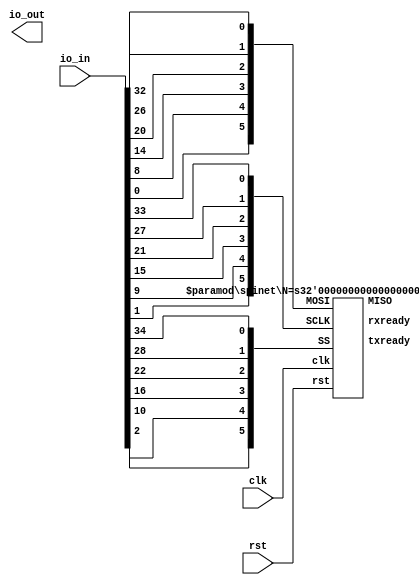
module spinet6 (
	input clk,
	input rst,
	input [37:0] io_in,
	output [37:0] io_out
	);
	spinet #(.N(6)) SPINET (
		.clk(clk),
		.rst(rst),
		.MOSI   ({io_in[0],io_in[ 8],io_in[14],io_in[20],io_in[26],io_in[32]}),
		.SCLK   ({io_in[1],io_in[ 9],io_in[15],io_in[21],io_in[27],io_in[33]}),
		.SS     ({io_in[2],io_in[10],io_in[16],io_in[22],io_in[28],io_in[34]}),
		.MISO   ({io_out[3],io_out[11],io_out[17],io_out[23],io_out[29],io_out[35]}),
		.txready({io_out[4],io_out[12],io_out[18],io_out[24],io_out[30],io_out[36]}),
		.rxready({io_out[7],io_out[13],io_out[19],io_out[25],io_out[31],io_out[37]}) 
	);
endmodule

module spinet5 (
	input clk,
	input rst,
	input [37:0] io_in,
	output [37:0] io_out
	);
	spinet #(.N(5)) SPINET (
		.clk(clk),
		.rst(rst),
		.MOSI   ({io_in[ 8],io_in[14],io_in[20],io_in[26],io_in[32]}),
		.SCLK   ({io_in[ 9],io_in[15],io_in[21],io_in[27],io_in[33]}),
		.SS     ({io_in[10],io_in[16],io_in[22],io_in[28],io_in[34]}),
		.MISO   ({io_out[11],io_out[17],io_out[23],io_out[29],io_out[35]}),
		.txready({io_out[12],io_out[18],io_out[24],io_out[30],io_out[36]}),
		.rxready({io_out[13],io_out[19],io_out[25],io_out[31],io_out[37]}) 
	);
endmodule

module spinet #(parameter N=8, WIDTH=16, ABITS=3) (
	input clk,
	input rst,
	output [N-1:0] txready,
	output [N-1:0] rxready,
	input [N-1:0] MOSI, SCLK, SS,
	output [N-1:0] MISO
	);

	wire [WIDTH-1:0] r[N-1:0];
	genvar i;
	generate for (i = 0; i < N; i = i+1) begin
		spinode #(.WIDTH(WIDTH), .ABITS(ABITS), .ADDRESS(i)) NODE (
			.clk(clk),
			.rst(rst),
			.fromring(r[(i+N-1)%N]),
			.toring(r[i]),
			.txready(txready[i]),
			.rxready(rxready[i]),
			.MOSI(MOSI[i]),
			.SCLK(SCLK[i]),
			.SS(SS[i]),
			.MISO(MISO[i])
		);
	end endgenerate
endmodule

module spinode #(parameter WIDTH=16, ABITS=3, ADDRESS=0) (
	input clk,
	input rst,
	input [WIDTH-1:0] fromring,
	output [WIDTH-1:0] toring,
	output txready, rxready,
	input SCLK, SS, MOSI,
	output MISO
);

	wire [WIDTH-1:0] txdata, rxdata;
	wire mosivalid, mosiack, misovalid, misoack;
		ringnode #(.WIDTH(WIDTH), .ABITS(ABITS), .ADDRESS(ADDRESS)) NODE (
			.clk(clk),
			.rst(rst),
			.fromring(fromring),
			.toring(toring),
			.fromclient(rxdata),
			.toclient(txdata),
			.txready(txready),
			.rxready(rxready),
			.misovalid(misovalid),
			.misoack(misoack),
			.mosivalid(mosivalid),
			.mosiack(mosiack)
		);
		ringspi #(.WIDTH(WIDTH)) SPI (
			.rst(rst),
			.txdata(txdata),
			.rxdata(rxdata),
			.misovalid(misovalid),
			.misoack(misoack),
			.mosivalid(mosivalid),
			.mosiack(mosiack),
			.MOSI(MOSI),
			.SCLK(SCLK),
			.SS(SS),
			.MISO(MISO)
		);
endmodule

module ringnode #(parameter WIDTH=16, ABITS=3, ADDRESS=0) (
	input clk,
	input rst,
	input [WIDTH-1:0] fromring,
	output [WIDTH-1:0] toring,
	input [WIDTH-1:0] fromclient,
	output [WIDTH-1:0] toclient,
	output txready, rxready,
	input mosivalid, misoack,
	output reg mosiack, misovalid
	);

	wire [ABITS-1:0] address = ADDRESS;
	reg [1:0] mosivalid_sync, misoack_sync;
	always @(posedge clk or posedge rst)
	if (rst) begin
		mosivalid_sync <= 0;
		misoack_sync <= 0;
	end else begin
		mosivalid_sync <= {mosivalid_sync[0],mosivalid};
		misoack_sync <= {misoack_sync[0],misoack};
	end

	localparam
		FULL = WIDTH-1, ACK = WIDTH-2,
		DST = (WIDTH-2) - ABITS, SRC = (WIDTH-2) - 2*ABITS;

	reg [WIDTH-1:0] rxbuf, txbuf, ringbuf;
	reg busy;
	assign toring = ringbuf;
	assign toclient = rxbuf;
	assign rxready = rxbuf[FULL];
	assign txready = ~txbuf[FULL];
	reg xmit, recv, seize;

	reg [WIDTH-1:0] outpkt;
	always @(*) begin
		outpkt = fromring;
		xmit = 0;
		recv = 0;
		seize = 0;
		case (fromring[FULL:ACK])
		2'b00:	       // free slot - transmit if ready
			if (txbuf[FULL] & ~busy) begin
				outpkt = txbuf;
				outpkt[SRC +: ABITS] = address;
				outpkt[FULL] = 1;
				seize = 1;
			end
		2'b10, 2'b11:  // payload - return ack to sender
			if (fromring[DST +: ABITS] == address && !rxbuf[FULL]) begin
				outpkt[FULL:ACK] = 2'b01;
				recv = 1;
			end
		2'b01:        // ack
			if (fromring[SRC +: ABITS] == address) begin
				outpkt[ACK] = 0;
				xmit = 1;
			end
		endcase
	end

	always @(posedge clk or posedge rst)
	if (rst) begin
		ringbuf <= 0;
		rxbuf <= 0;
		txbuf <= 0;
		busy <= 0;
		mosiack <= 0;
		misovalid <= 0;
	end else begin
		ringbuf <= outpkt;
		if (recv) begin
			rxbuf <= fromring;
			misovalid <= ~misovalid;
		end else if (misoack_sync[1] == misovalid)
			rxbuf[FULL] <= 0;
		if (mosivalid_sync[1] != mosiack) begin
			txbuf <= fromclient;
			mosiack <= ~mosiack;
		end else if (xmit)
			txbuf[FULL] <= 0;
		if (seize)
			busy <= 1;
		else if (xmit)
			busy <= 0;
	end
endmodule

module ringspi #(parameter WIDTH=16) (
	input rst,
	input SCLK, SS, MOSI,
	output MISO,
	input misovalid,
	output reg misoack,
	output reg mosivalid,
	input mosiack,
	output [WIDTH-1:0] rxdata,
	input [WIDTH-1:0] txdata
);

	localparam LOGWIDTH = $clog2(WIDTH);
	reg [WIDTH:0] shiftreg;
	assign MISO = shiftreg[WIDTH];
	reg [LOGWIDTH-1:0] bitcount;
	reg [WIDTH-1:0] inbuf;
	assign rxdata = inbuf;

	// capture incoming data on falling clock edge
	always @(negedge SCLK or posedge SS)
		if (SS) begin
			bitcount <= 0;
			shiftreg[0] <= 0;
		end else begin
			if (bitcount != WIDTH-1) begin
				bitcount <= bitcount + 1;
				shiftreg[0] <= MOSI;
			end else begin
				bitcount <= 0;
				if (mosiack == mosivalid) begin
					inbuf <= {shiftreg[WIDTH-1:1],MOSI};
				end
			end
		end

	// set up next outgoing data on rising clock edge
	always @(posedge SCLK or posedge SS)
		if (SS) begin
			shiftreg[WIDTH:1] <= 0;
		end else begin
			if (bitcount == 0) begin
				if (misovalid != misoack) begin
					shiftreg[WIDTH:1] <= txdata;
				end else
					shiftreg[WIDTH:1] <= 0;
			end else
				shiftreg[WIDTH:1] <= shiftreg[WIDTH-1:0];
		end

	// handshake with node
	always @(negedge SCLK or posedge rst)
		if (rst) begin
			mosivalid <= 0;
		end else begin
			if (bitcount == WIDTH-1 && mosiack == mosivalid)
				mosivalid <= ~mosivalid;
		end
	always @(posedge SCLK or posedge rst)
		if (rst) begin
			misoack <= 0;
		end else begin
			if (bitcount == 0 && misovalid != misoack)
				misoack <= ~misoack;
		end

endmodule